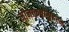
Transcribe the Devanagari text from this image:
मीनाकषीसुंदरम